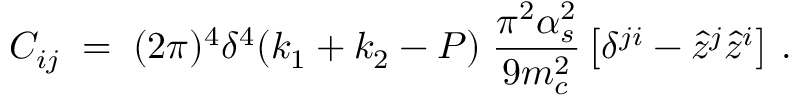
C _ { i j } \; = \; ( 2 \pi ) ^ { 4 } \delta ^ { 4 } ( k _ { 1 } + k _ { 2 } - P ) \; { \frac { \pi ^ { 2 } \alpha _ { s } ^ { 2 } } { 9 m _ { c } ^ { 2 } } } \left[ \delta ^ { j i } - { \hat { z } } ^ { j } { \hat { z } } ^ { i } \right] \, .